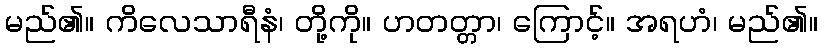
မည်၏။ ကိလေသာရီနံ၊ တို့ကို။ ဟတတ္တာ၊ ကြောင့်။ အရဟံ၊ မည်၏။